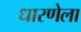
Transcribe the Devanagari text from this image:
धारणेला